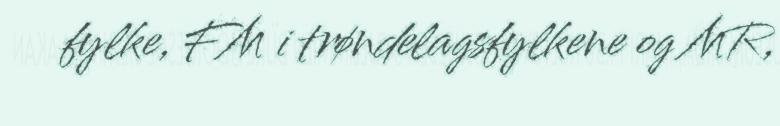
fylke, FM i trøndelagsfylkene og MR,